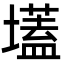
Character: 壒